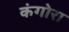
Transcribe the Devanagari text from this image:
कंगोरा